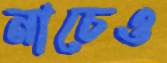
নাচেও